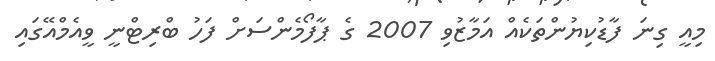
މިއީ ގިނަ ފާޑުކިޔުންތަކެއް އަމާޒުވި 2007 ގެ ޕާފޯމެންސަށް ފަހު ބްރިޓްނީ ވީއެމްއޭގައި